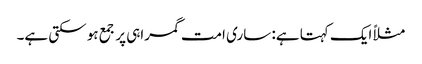
مثلاً ایک کہتا ہے: ساری امت گمراہی پر جمع ہو سکتی ہے۔